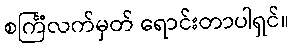
စင်္ကြံလက်မှတ် ရောင်းတာပါရှင်။